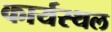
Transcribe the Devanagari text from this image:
कार्यस्‍थल